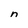
Character: n